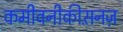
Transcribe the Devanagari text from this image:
कमीवनीकीस़नज़